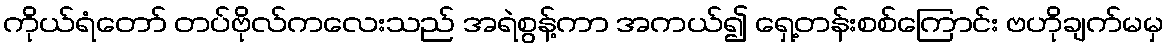
ကိုယ်ရံတော် တပ်ဗိုလ်ကလေးသည် အရဲစွန့်ကာ အကယ်၍ ရှေ့တန်းစစ်ကြောင်း ဗဟိုချက်မမှ